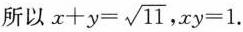
所以$$x+y= \sqrt{11}$$,$$xy=1$$.